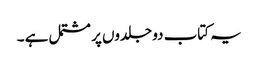
یہ کتاب دو جلدوں پر مشتمل ہے ۔